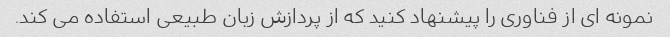
نمونه ای از فناوری را پیشنهاد کنید که از پردازش زبان طبیعی استفاده می کند.